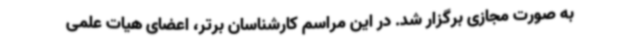
به صورت مجازی برگزار شد. در این مراسم کارشناسان برتر، اعضای هیات علمی